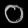
Digit: ၀